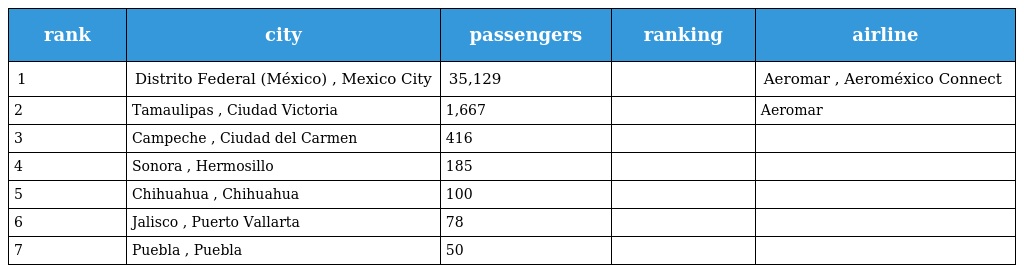
| rank | city | passengers | ranking | airline |
 | --- | --- | --- | --- | --- |
 | 1 | Distrito Federal (México) , Mexico City | 35,129 |  | Aeromar , Aeroméxico Connect |
 | 2 | Tamaulipas , Ciudad Victoria | 1,667 |  | Aeromar |
 | 3 | Campeche , Ciudad del Carmen | 416 |  |  |
 | 4 | Sonora , Hermosillo | 185 |  |  |
 | 5 | Chihuahua , Chihuahua | 100 |  |  |
 | 6 | Jalisco , Puerto Vallarta | 78 |  |  |
 | 7 | Puebla , Puebla | 50 |  |  |